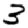
Digit: 3